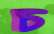
চ